Vaccine operations Central Provinces 1886-1899 - 1886-1899
Year: 1886
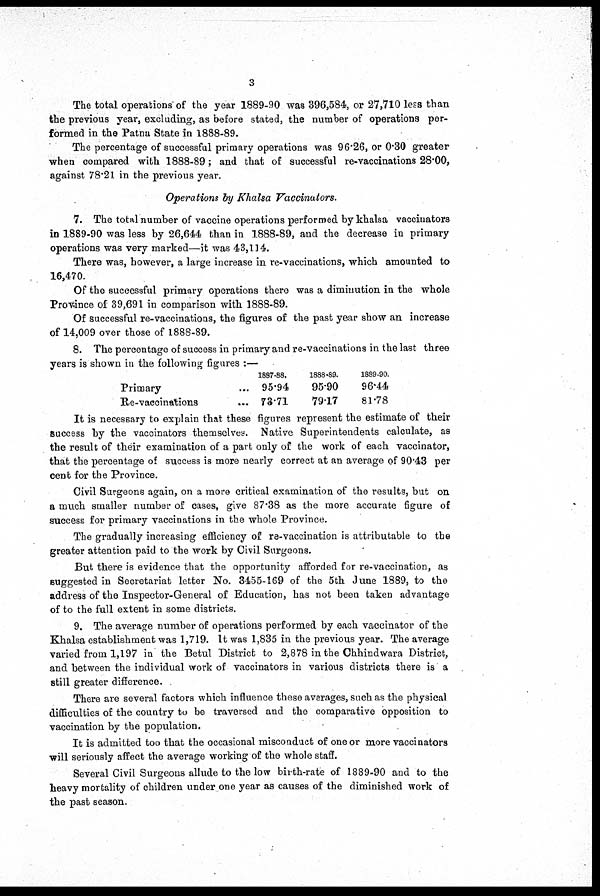
3
The total operations of the year 1889-90 was 396,584, or 27,710 less than
the previous year, excluding, as before stated, the number of operations per-
formed in the Patna State in 1888-89.
The percentage of successful primary operations was 96.26, or 0.30 greater
when compared with 1888-89; and that of successful re-vaccinations 28.00,
against 78.21 in the previous year.
Operations by Khalsa Vaccinators.
7. The total number of vaccine operations performed by khalsa vaccinators
in 1889-90 was less by 26,644 than in 1888-89, and the decrease in primary
operations was very marked—it was 43,114.
There was, however, a large increase in re-vaccinations, which amounted to
16,470.
Of the successful primary operations there was a diminution in the whole
Province of 39,691 in comparison with 1888-89.
Of successful re-vaccinations, the figures of the past year show an increase
of 14,009 over those of 1888-89.
8. The percentage of success in primary and re-vaccinations in the last three
years is shown in the following figures :—
Primary ...
Re-vaccinations ...
1887-88.
95.94
73.71
1888-89.
95.90
79.17
1889-90.
96.44
81.78
It is necessary to explain that these figures represent the estimate of their
success by the vaccinators themselves. Native Superintendents calculate, as
the result of their examination of a part only of the work of each vaccinator,
that the percentage of success is more nearly correct at an average of 90.43 per
cent for the Province.
Civil Surgeons again, on a more critical examination of the results, but on
a much smaller number of cases, give 87.38 as the more accurate figure of
success for primary vaccinations in the whole Province.
The gradually increasing efficiency of re-vaccination is attributable to the
greater attention paid to the work by Civil Surgeons.
But there is evidence that the opportunity afforded for re-vaccination, as
suggested in Secretariat letter No. 3455-169 of the 5th June 1889, to the
address of the Inspector-General of Education, has not been taken advantage
of to the full extent in some districts.
9. The average number of operations performed by each vaccinator of the
Khalsa establishment was 1,719. It was 1,835 in the previous year. The average
varied from 1,197 in the Betul District to 2,878 in the Chhindwara District,
and between the individual work of vaccinators in various districts there is a
still greater difference.
There are several factors which influence these averages, such as the physical
difficulties of the country to be traversed and the comparative opposition to
vaccination by the population.
It is admitted too that the occasional misconduct of one or more vaccinators
will seriously affect the average working of the whole staff.
Several Civil Surgeons allude to the low birth-rate of 1889-90 and to the
heavy mortality of children under one year as causes of the diminished work of
the past season.